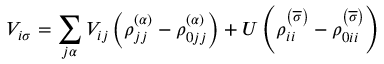
V _ { i \sigma } = \sum _ { j \alpha } V _ { i j } \left( \rho _ { j j } ^ { \left( \alpha \right) } - \rho _ { 0 j j } ^ { \left( \alpha \right) } \right) + U \left( \rho _ { i i } ^ { \left( \overline { { \sigma } } \right) } - \rho _ { 0 i i } ^ { \left( \overline { { \sigma } } \right) } \right)